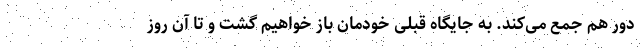
دور هم جمع می‌کند. به جایگاه قبلی خودمان باز خواهیم گشت و تا آن روز